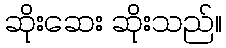
ဆိုးဆေး ဆိုးသည်။